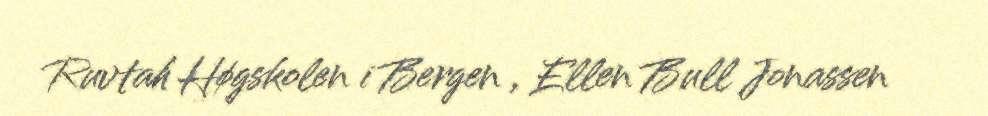
Ruvtah Høgskolen i Bergen , Ellen Bull Jonassen